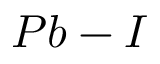
P b - I